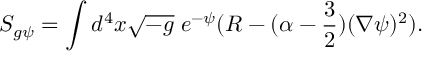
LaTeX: S _ { g \psi } = \int d ^ { 4 } x \sqrt { - g } \; e ^ { - \psi } ( R - ( \alpha - \frac { 3 } { 2 } ) ( \nabla \psi ) ^ { 2 } ) .